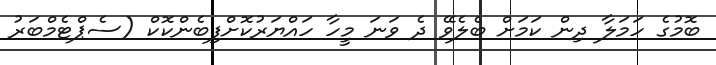
ބޮމުގެ ހަމަލާ ދިން ކަމަށް ބެލެވޭ ދެ ވަނަ މީހާ ހައްޔަރުކޮށްފިބެންކޮކް (ސެޕްޓެމްބަރު